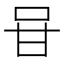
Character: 𭇐